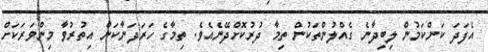
އެފަދަ ކަންކަމުން ލިބިދާނެ ގެއްލުންތަކުން ތިމާ ދުރުކޮށްދޭނެއެވެ. ތިމާގެ ހަރަދަނާކަން އިތުރުވާ މިންވަރަކަށް